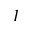
I